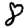
Digit: 8